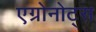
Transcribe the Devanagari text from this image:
एग्रोनोट्स